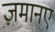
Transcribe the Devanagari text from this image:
ज़मानए